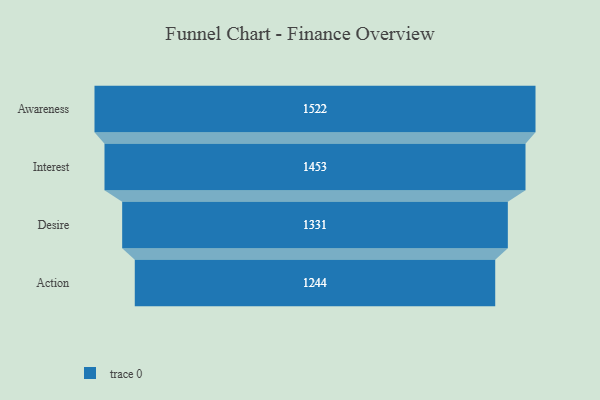
{"axis": {"x": "Stage", "y": "Value"}, "legend": [""], "data": [{"x": "Awareness", "y": 1522.0, "type": ""}, {"x": "Interest", "y": 1453.0, "type": ""}, {"x": "Desire", "y": 1331.0, "type": ""}, {"x": "Action", "y": 1244.0, "type": ""}]}